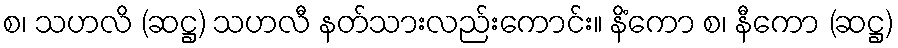
စ၊ သဟလိ (ဆဋ္ဌ) သဟလီ နတ်သားလည်းကောင်း။ နိံကော စ၊ နီကော (ဆဋ္ဌ)